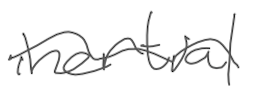
Text: inertial
Cross-out: wave
Writing tool: digital_gray